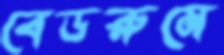
বেডরুমে